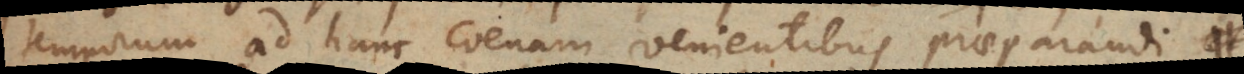
temporum ad hanc coenam venientibus praeparandi